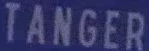
TANGER